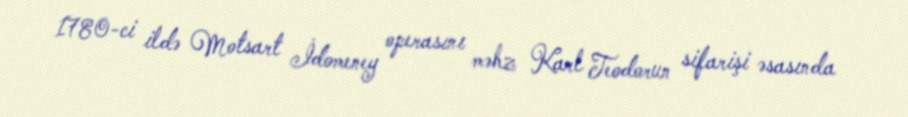
1780-ci ildə Motsart İdomeney operasını məhz Karl Teodorun sifarişi əsasında